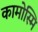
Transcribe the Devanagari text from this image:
कामोस्मि